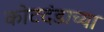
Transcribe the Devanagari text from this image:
कोटदंडाच्या